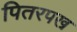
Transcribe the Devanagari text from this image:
पितरपख